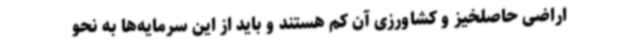
اراضی حاصلخیز و کشاورزی آن کم هستند و باید از این سرمایه‌ها به نحو